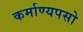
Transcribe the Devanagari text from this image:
कर्माण्यपसो